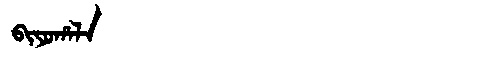
Manchu: ᠪᡳᠶᠣᡥᠠᠯᠠ
Romanization: BIYOHALA